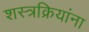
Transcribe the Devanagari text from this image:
शस्त्रक्रियांना